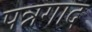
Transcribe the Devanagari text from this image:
पन्नगाद